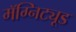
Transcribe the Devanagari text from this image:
मॅग्निट्यूड